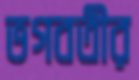
ভগবতীর